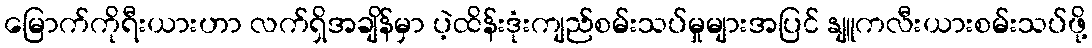
မြောက်ကိုရီးယားဟာ လက်ရှိအချိန်မှာ ပဲ့ထိန်းဒုံးကျည်စမ်းသပ်မှုများအပြင် နျူကလီးယားစမ်းသပ်ဖို့